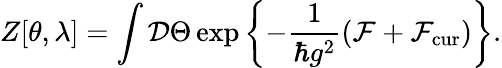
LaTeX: Z[\theta,\lambda]=\int{\cal D}\Theta\exp\left\{ -\frac{1}{\hbar g^{2}}\left({\cal F}+{\cal F}_{\mathrm{cur}}\right)\right\} .